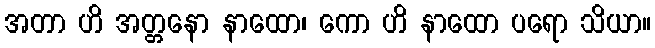
အတာ ဟိ အတ္တနော နာထော၊ ကော ဟိ နာထော ပရော သိယာ။